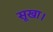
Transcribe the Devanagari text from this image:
सूखा।